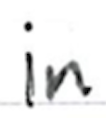
Text: in
Cross-out: clean
Writing tool: ballpoint